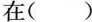
在()